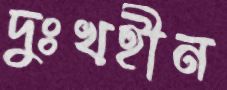
দুঃখহীন